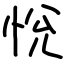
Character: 恱